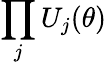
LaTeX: \prod_{j}U_{j}(\theta)